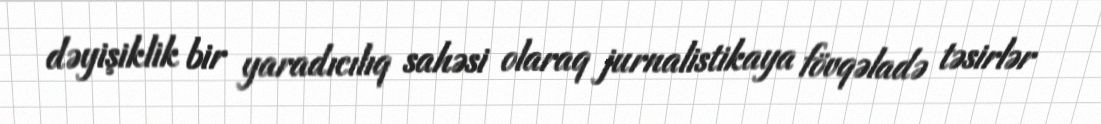
dəyişiklik bir yaradıcılıq sahəsi olaraq jurnalistikaya fövqəladə təsirlər